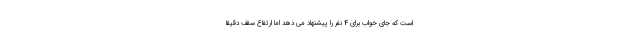
است که جای خواب برای 4 نفر را پیشنهاد می دهد اما ارتفاع سقف دقیقا